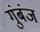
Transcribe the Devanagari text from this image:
गुंबंज